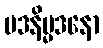
မဒနိမ္မဒနော